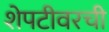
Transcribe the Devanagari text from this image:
शेपटीवरची